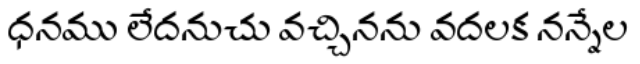
ధనము లేదనుచు వచ్చినను వదలక నన్నేల